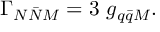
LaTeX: \Gamma _ { N \bar { N } M } = 3 ~ g _ { q \bar { q } M } .